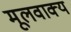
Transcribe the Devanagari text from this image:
मूलवाक्य